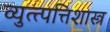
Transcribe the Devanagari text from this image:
व्युत्त्पत्तिशास्त्र